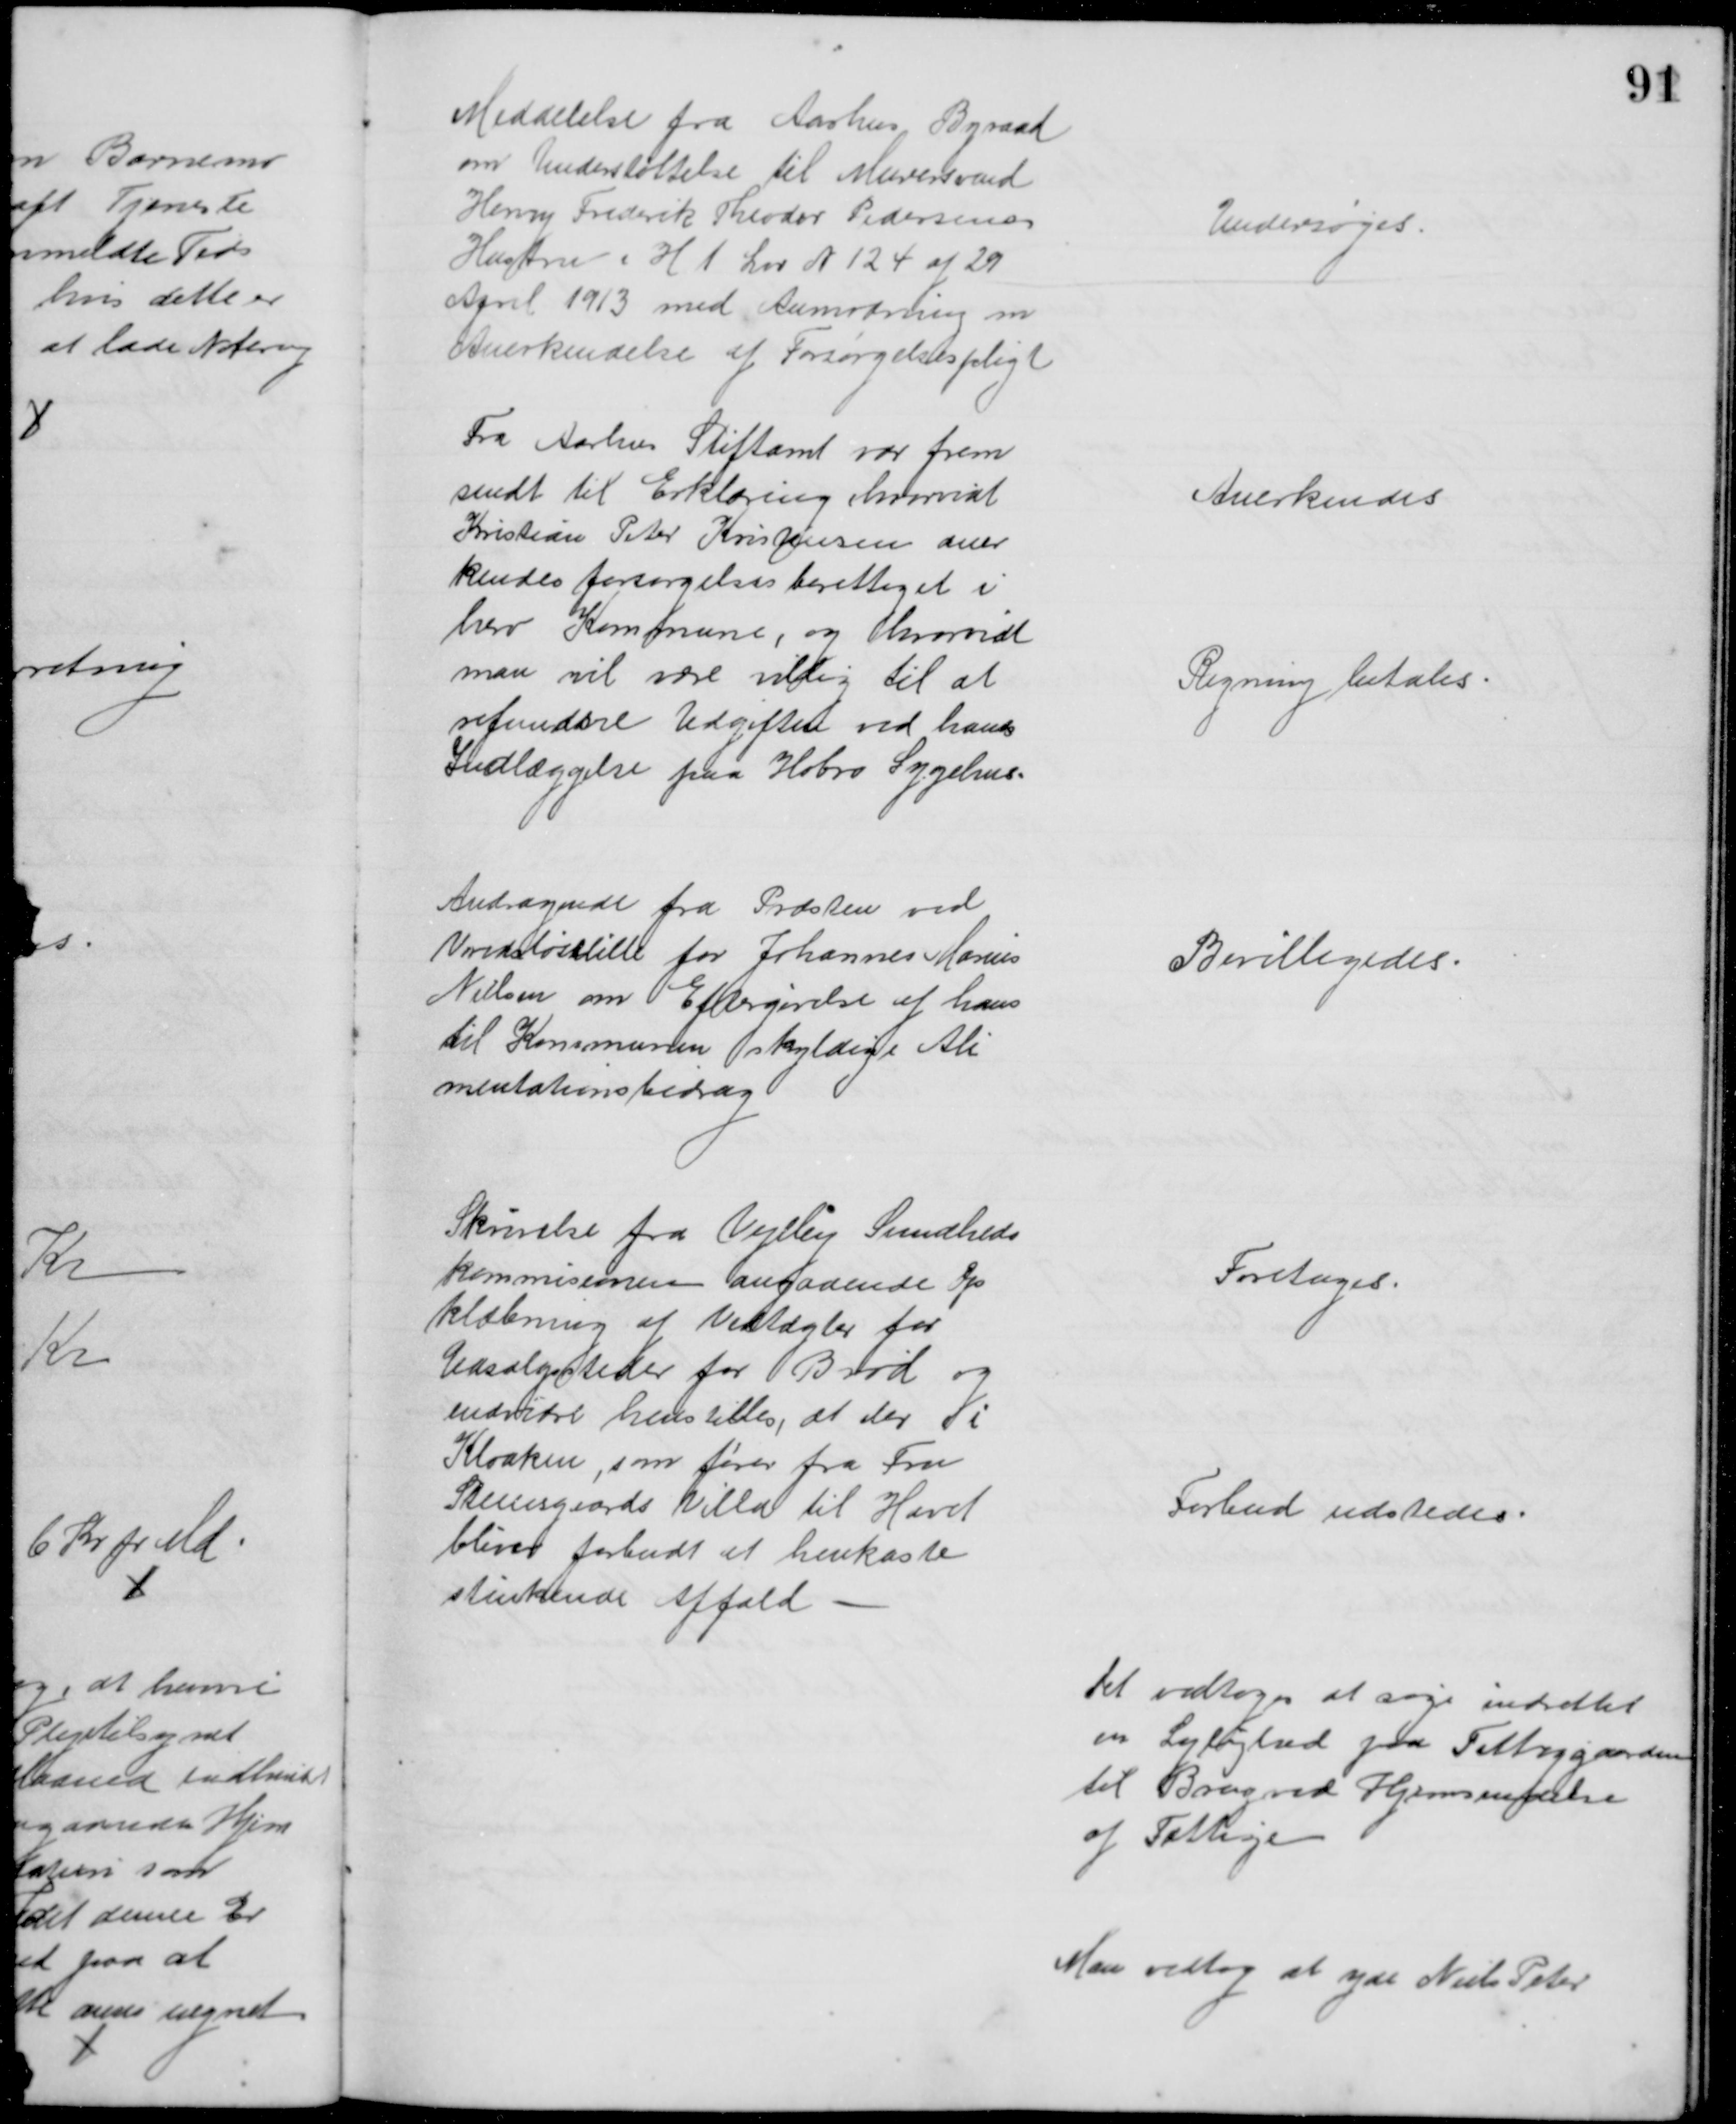
Transskription:
Meddelelse fra Aarhus Byraad
om Understøttelse til Murersvend
Henry Frederik Theodor Pedersens
Hustru i H t Lov N 124 af 29
April 1913 med Anmodning om
Anerkendelse af Forsørgelsespligt
Undersøges.
Fra Aarhus Stiftamt var frem
sendt til Erklæring hvorvidt
Kristian Peter Kristensen aner
kendes forsørgelsesberettiget i
herv Kommune, og hvorvidt
man vil være villig til at
refundere Udgiften ved hans
Indlæggelse paa Hobro Sygehus.
Anerkendes
Regning betales
Andragende fra Præsten ved
Vridsløselille for Johannes Marius
Nielsen om Eftergivelse af hans
til Kommunen skyldige Ali
mentationsbidrag
Bevilligedes.
Skrivelse fra Vejlby Sundheds
kommisionen angaaende Op
klæbning af Vedtægter for
Udsalgsteder for Brød og
endvidre henstilles, at der i
Kloaken, som fører fra Fru
Steensgaards Villa til Havet
bliver forbudt at henkaste
stinkende Affald
Foretages.
Forbud udstedes.
Det vedtoges at søge indrettet
en Lejlighed paa Fattiggaarden
til Brug ved Hjemsendelse
af Fattige
Man vedtog at yde Niels Peter